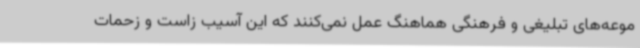
موعه‌های تبلیغی و فرهنگی هماهنگ عمل نمی‌کنند که این آسیب زاست و زحمات